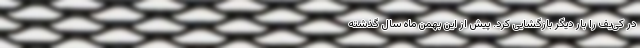
در کی‌یف را بار دیگر بازگشایی کرد. پیش از این بهمن ماه سال گذشته